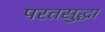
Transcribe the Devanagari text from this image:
परतसुद्धा